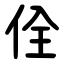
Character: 佺